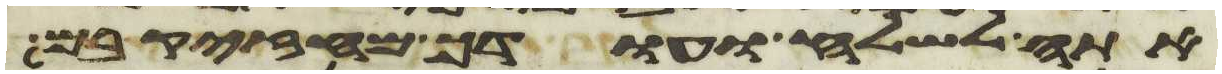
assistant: אתה לשלח ועודך מחזק בם